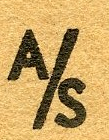
A/S